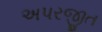
અપરજીત